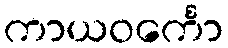
ကာယဝင်္ကော